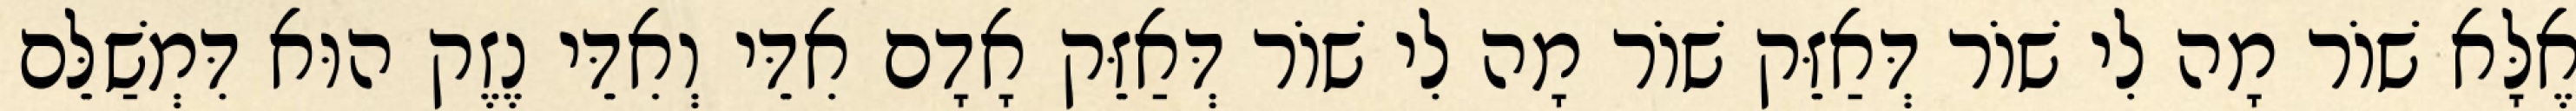
אֶלָּא שׁוֹר מָה לִי שׁוֹר דְּאַזֵּק שׁוֹר מָה לִי שׁוֹר דְּאַזֵּק אָדָם אִדֵּי וְאִדֵּי נֶזֶק הוּא דִּמְשַׁלֵּם